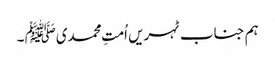
ہم جناب ٹہریں اُمتِ محمدیﷺ ۔